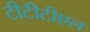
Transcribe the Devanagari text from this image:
टीटीटीएल